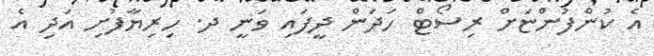
އެ ކުންފުންޏަށް ރިސޯޓް ހަދަން ދީފައި ވަނީ ދ. ހިރިޔާފުށި އަދި އެ